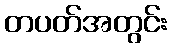
တပတ်အတွင်း